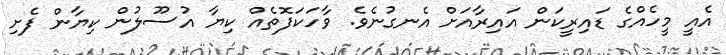
އެއީ މީހެއްގެ ޑައިރީކަން އައިރާއަށް އެނގުނެވެ. ވާހަކަފޮތެއް ކިޔާ އުސޫލުން ކިޔާން ފެށި